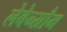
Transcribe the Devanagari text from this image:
लेबेन्स्रौम